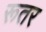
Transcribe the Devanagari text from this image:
रूतर